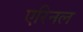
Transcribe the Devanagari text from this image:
एरिनल